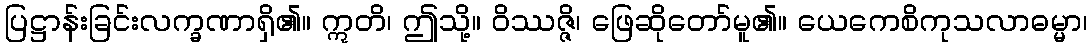
ပြဋ္ဌာန်းခြင်းလက္ခဏာရှိ၏။ ဣတိ၊ ဤသို့။ ဝိဿဇ္ဇိ၊ ဖြေဆိုတော်မူ၏။ ယေကေစိကုသလာဓမ္မာ၊